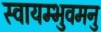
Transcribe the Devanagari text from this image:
स्वायम्भुवमनु